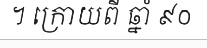
។ ក្រោយពី ឆ្នាំ ៩០